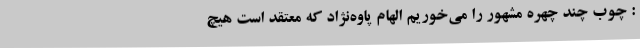
: چوب چند چهره مشهور را می‌خوریم الهام پاوه‌نژاد که معتقد است هیچ